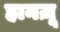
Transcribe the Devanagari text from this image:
हानज़ू